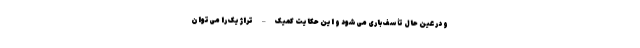
و در عین حال تأسف‌باری می‌شود و این حکایت کمیک – تراژیک را می‌توان